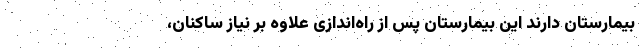
بیمارستان دارند این بیمارستان پس از راه‌اندازی علاوه بر نیاز ساکنان،